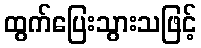
ထွက်ပြေးသွားသဖြင့်